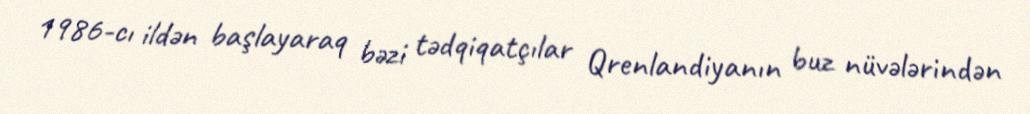
1986-cı ildən başlayaraq bəzi tədqiqatçılar Qrenlandiyanın buz nüvələrindən